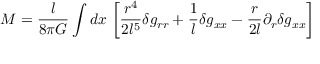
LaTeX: M = \frac { l } { 8 \pi G } \int d x \, \left[ \frac { r ^ { 4 } } { 2 l ^ { 5 } } \delta g _ { r r } + \frac { 1 } { l } \delta g _ { x x } - \frac { r } { 2 l } \partial _ { r } \delta g _ { x x } \right]